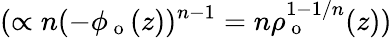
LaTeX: (\propto n(-\phi_{\mathrm{~o~}}(z))^{n-1}=n\rho_{\mathrm{~o~}}^{1-1/n}(z))